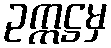
ဥက္ကဋ္ဌမှ